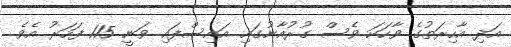
އަދި އާހިރަތުގެ ވާހަކަ ވެސް ގުރުއާނުގައި އައިސްފައި ވަނީ 115 ފަހަރު އެވެ.